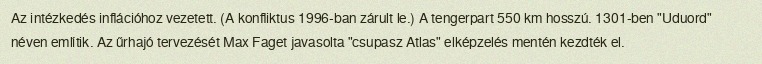
Az intézkedés inflációhoz vezetett. (A konfliktus 1996-ban zárult le.) A tengerpart 550 km hosszú. 1301-ben "Uduord" néven említik. Az űrhajó tervezését Max Faget javasolta "csupasz Atlas" elképzelés mentén kezdték el.